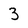
Character: 3